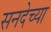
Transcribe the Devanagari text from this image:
सनदेच्या